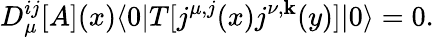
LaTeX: D_{\mu}^{ij}[A](x)\langle0|T[j^{\mu,j}(x)j^{\nu,\mathbf{k}}(y)]|0\rangle=0.